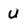
Character: U